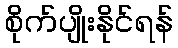
စိုက်ပျိုးနိုင်ရန်